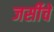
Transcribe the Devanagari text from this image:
जर्सीचे